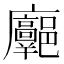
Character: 𢌓